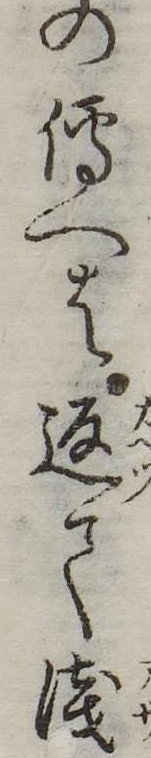
の伝へは返て浅